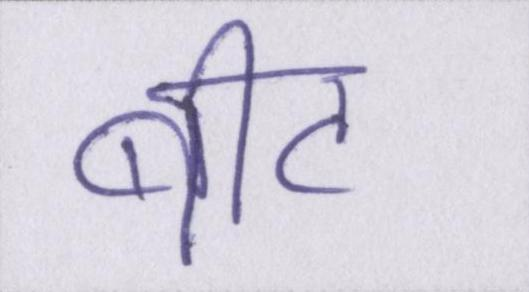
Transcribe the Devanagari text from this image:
बीट